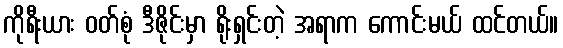
ကိုရီးယား ဝတ်စုံ ဒီဇိုင်းမှာ ရိုးရှင်းတဲ့ အရာက ကောင်းမယ် ထင်တယ်။